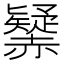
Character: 𧹾